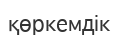
қөркемдік